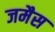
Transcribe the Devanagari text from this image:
जमैस